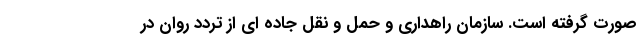
صورت گرفته است. سازمان راهداری و حمل و نقل جاده ای از تردد روان در